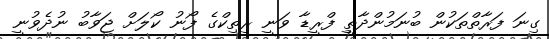
ގިނަ ފަރާތްތަކުން ބުނަމުންދާތީ ފްރީޑާ ވަނީ ރިތިކްގެ ފޯނު ކޯލަށް ޖަވާބު ނުދެވުނީ